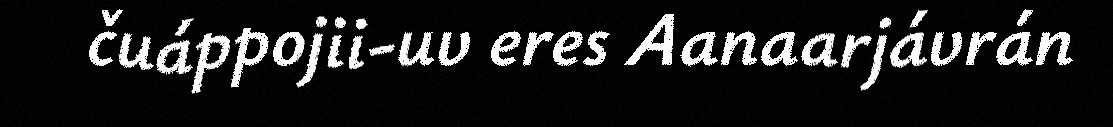
čuáppojii-uv eres Aanaarjávrán